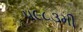
૫૯૮૩મી